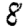
Digit: 8